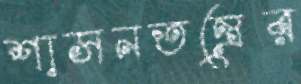
শাসনতন্ত্রের